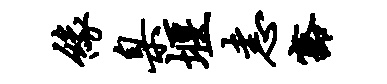
缘臬堰恚豁